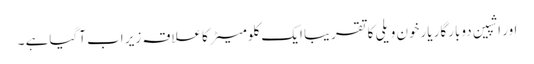
اور اشپین دوبارگار یارخون ویلی کا تقریبا ایک کلومیٹر کاعلاقہ زیر اب آگیاہے ۔